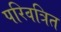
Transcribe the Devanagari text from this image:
परिवत्रित